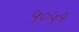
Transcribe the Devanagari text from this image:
५०५१